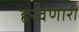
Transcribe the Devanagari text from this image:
हरवणारी